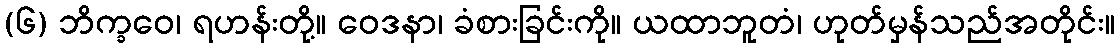
(၆) ဘိက္ခဝေ၊ ရဟန်းတို့။ ဝေဒနာ၊ ခံစားခြင်းကို။ ယထာဘူတံ၊ ဟုတ်မှန်သည်အတိုင်း။